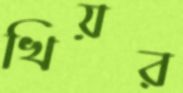
খিয়র